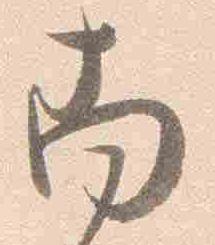
南